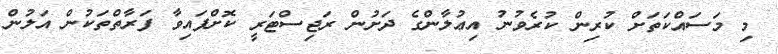
މި މަސައްކަތަށް ކުރިން ކުރެވުނު އިޢުލާންގެ ދަށުން ރަޖިސްޓަރީ ކޮށްފައިވާ ފަރާތްތަކުން އަލުން